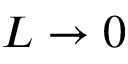
L \rightarrow 0